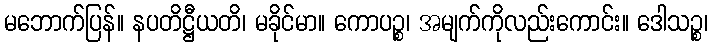
မဘောက်ပြန်။ နပတိဋ္ဌီယတိ၊ မခိုင်မာ။ ကောပဉ္စ၊ အမျက်ကိုလည်းကောင်း။ ဒေါသဉ္စ၊